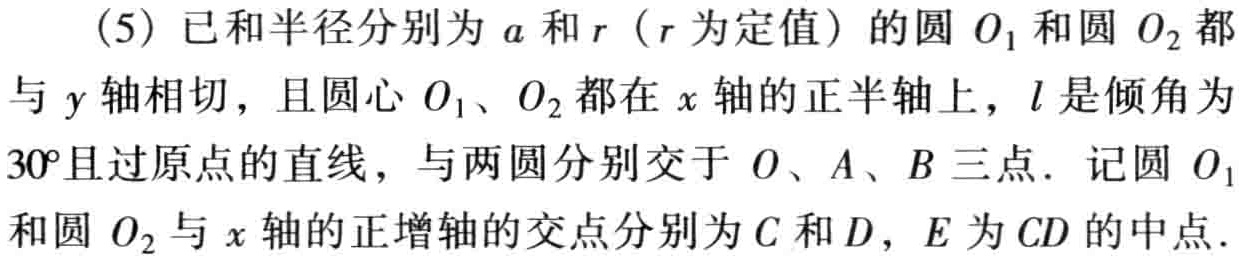
(5) 已知半径分别为 \(a\) 和 \(r\)（\(r\) 为定值）的圆 \(O_{1}\) 和圆 \(O_{2}\) 都与 \(y\) 轴相切，且圆心 \(O_{1}\)、\(O_{2}\) 都在 \(x\) 轴的正半轴上，\(l\) 是倾角为 \(30^{\circ}\) 且过原点的直线，与两圆分别交于 \(O\)、\(A\)、\(B\) 三点．记圆 \(O_{1}\) 和圆 \(O_{2}\) 与 \(x\) 轴的正半轴的交点分别为 \(C\) 和 \(D\)，\(E\) 为 \(CD\) 的中点．